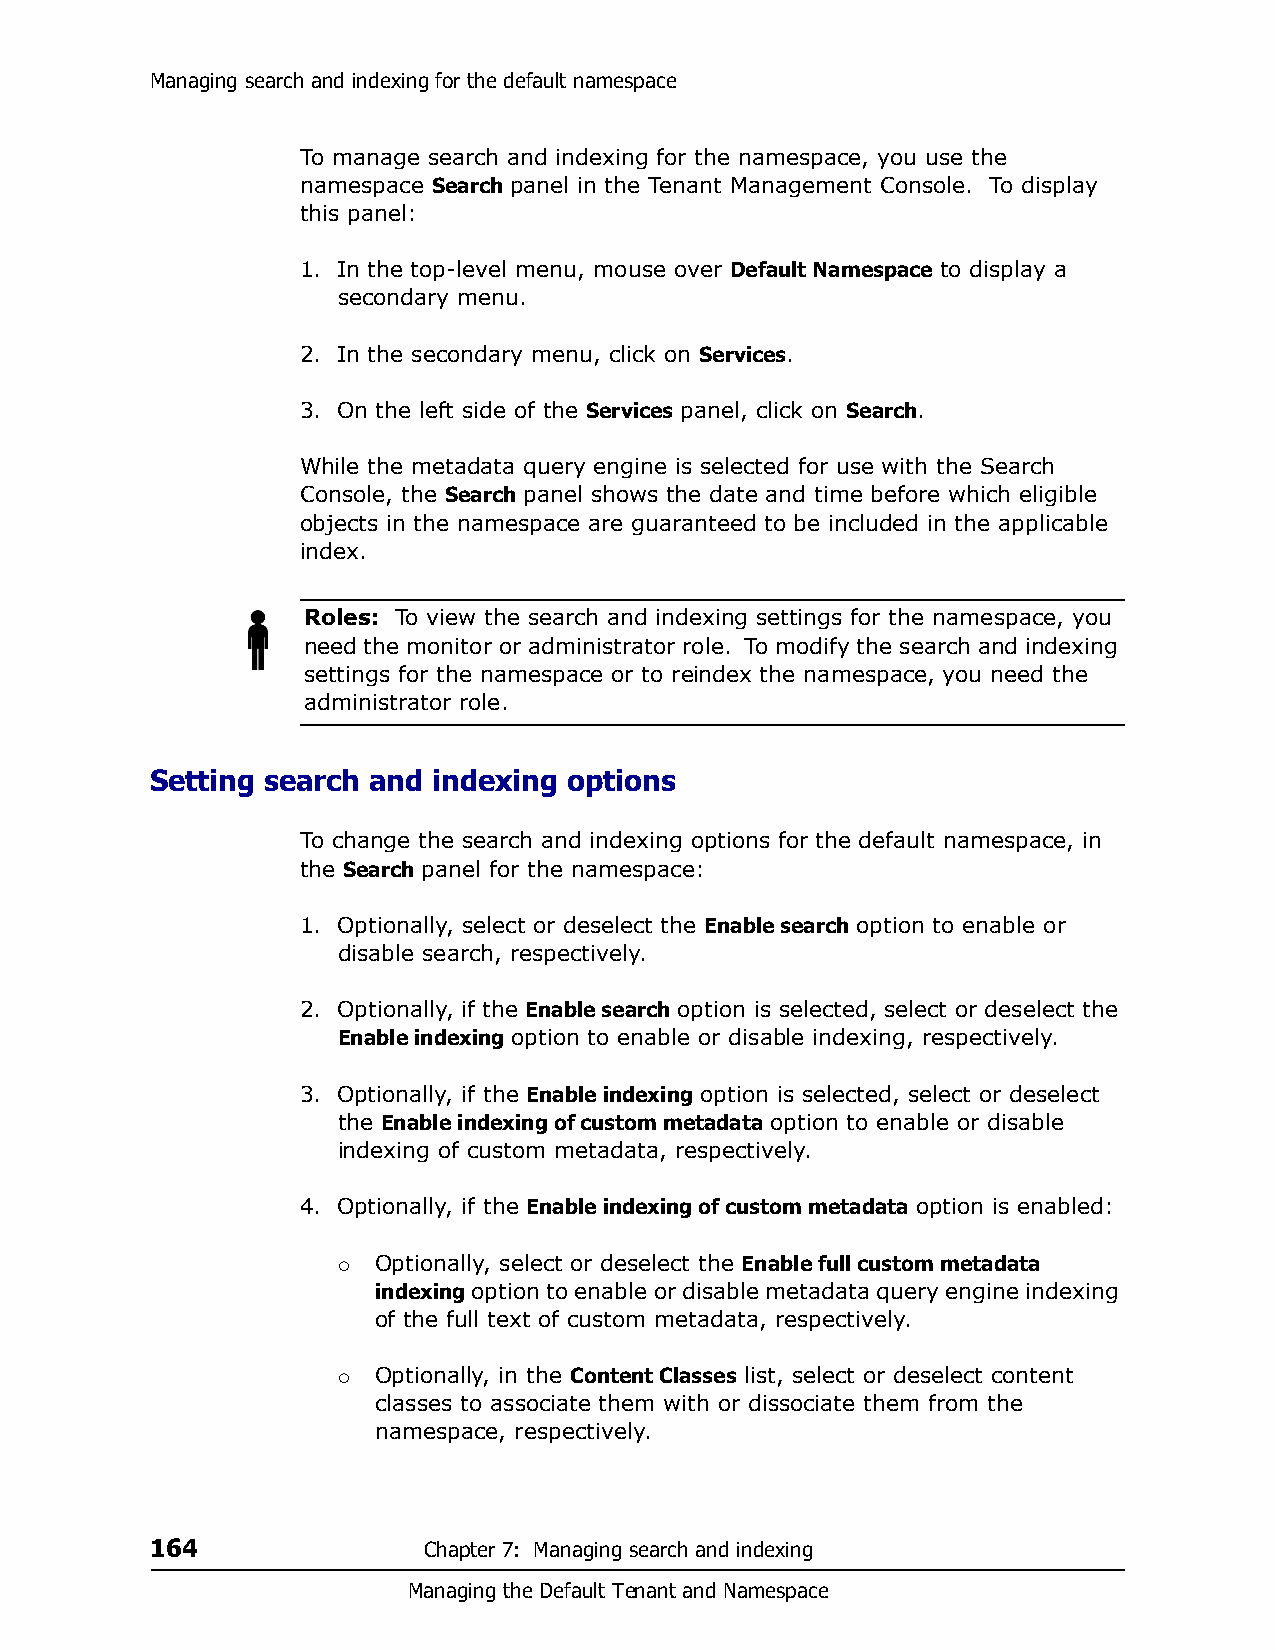
Managing search and indexing for the default namespace
 To manage search and indexing for the namespace, you use the
 namespace Search panel in the Tenant Management Console. To display
 this panel:
 1. In the top-level menu, mouse over Default Namespace to display a
 secondary menu.
 2. In the secondary menu, click on Services.
 3. On the left side of the Services panel, click on Search.
 While the metadata query engine is selected for use with the Search
 Console, the Search panel shows the date and time before which eligible
 objects in the namespace are guaranteed to be included in the applicable
 index.
 Roles: To view the search and indexing settings for the namespace, you
 need the monitor or administrator role. To modify the search and indexing
 settings for the namespace or to reindex the namespace, you need the
 administrator role.
 Setting search and indexing options
 To change the search and indexing options for the default namespace, in
 the Search panel for the namespace:
 1. Optionally, select or deselect the Enable search option to enable or
 disable search, respectively.
 2. Optionally, if the Enable search option is selected, select or deselect the
 Enable indexing option to enable or disable indexing, respectively.
 3. Optionally, if the Enable indexing option is selected, select or deselect
 the Enable indexing of custom metadata option to enable or disable
 indexing of custom metadata, respectively.
 4. Optionally, if the Enable indexing of custom metadata option is enabled:
   Optionally, select or deselect the Enable full custom metadata
 indexing option to enable or disable metadata query engine indexing
 of the full text of custom metadata, respectively.
   Optionally, in the Content Classes list, select or deselect content
 classes to associate them with or dissociate them from the
 namespace, respectively.
 164               Chapter 7: Managing search and indexing
 Managing the Default Tenant and Namespace